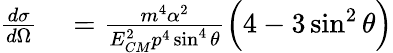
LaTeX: \begin{array}{rl}{{\frac{d\sigma}{d\Omega}}}&{{}={\frac{m^{4}\alpha^{2}}{E_{CM}^{2}p^{4}\sin^{4}\theta}}{\Big(}4-3\sin^{2}\theta{\Big)}}\end{array}